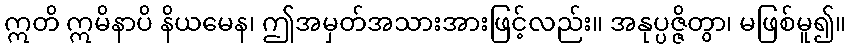
ဣတိ ဣမိနာပိ နိယမေန၊ ဤအမှတ်အသားအားဖြင့်လည်း။ အနုပ္ပဇ္ဇိတွာ၊ မဖြစ်မူ၍။